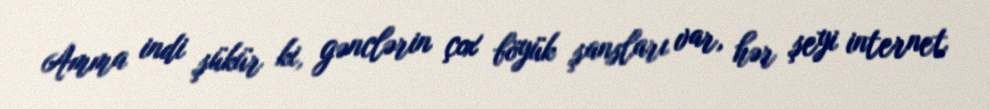
Amma indi şükür ki, gənclərin çox böyük şansları var, hər şeyi internet